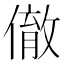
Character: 𬿮